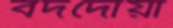
বদদোয়া